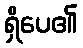
ရှိပေ၏